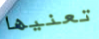
تعنيها